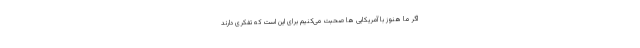
اگر ما هنوز با آمریکایی ها صحبت می‌کنیم برای این است که تفکری دارند